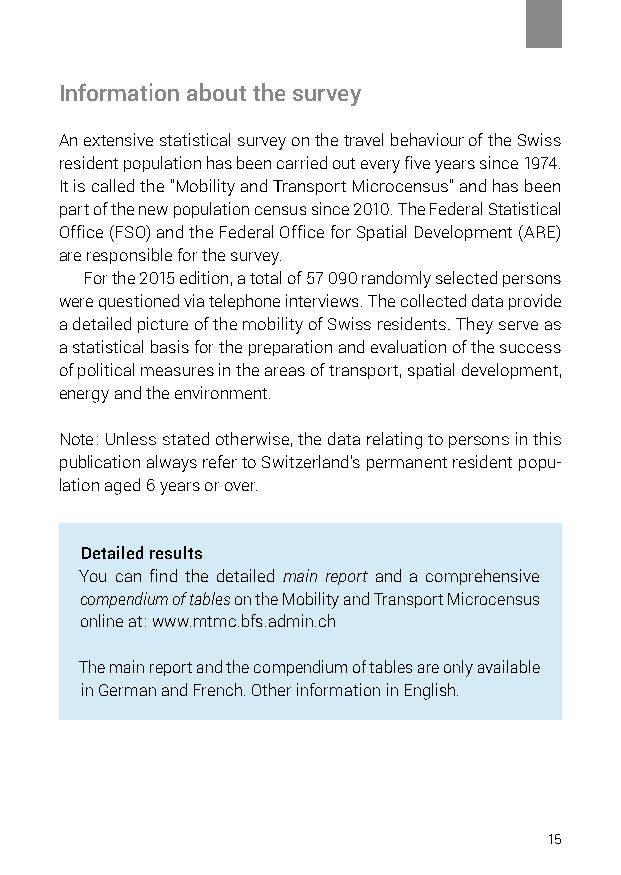
Information about the survey
 An extensive statistical survey on the travel behaviour of the Swiss
 resident population has been carried out every five years since 1974.
 It is called the “Mobility and Transport Microcensus” and has been
 part of the new population census since 2010. The Federal Statistical
 Office (FSO) and the Federal Office for Spatial Development (ARE)
 are responsible for the survey.
 For the 2015 edition, a total of 57 090 randomly selected persons
 were questioned via telephone interviews. The collected data provide
 a detailed picture of the mobility of Swiss residents. They serve as
 a statistical basis for the preparation and evaluation of the success
 of political measures in the areas of transport, spatial development,
 energy and the environment.
 Note: Unless stated otherwise, the data relating to persons in this
 publication always refer to Switzerland’s permanent resident popu-
 lation aged 6 years or over.
 Detailed results
 You can find the detailed main report and a comprehensive
 compendium of tables on the Mobility and Transport Microcensus
 online at: www.mtmc.bfs.admin.ch
 The main report and the compendium of tables are only available
 in German and French. Other information in English.
 15